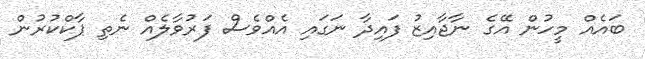
ބައެއް މީހުން އޭގެ ނާޖާއިޒު ފައިދާ ނަގައި އެއްވެސް ފަރުވާލެއް ނެތި ޕާކްކުރުން